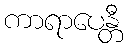
ကာရာပေန္တီ